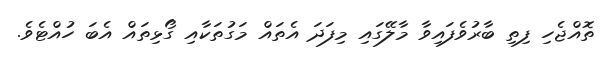
ތޮއްޖެހި ފިތި ބާރުވެފައިވާ މާލޭގައި މިފަދަ އެތައް މަގުތަކާއި ގޯޅިތައް އެބަ ހުއްޓެވެ.